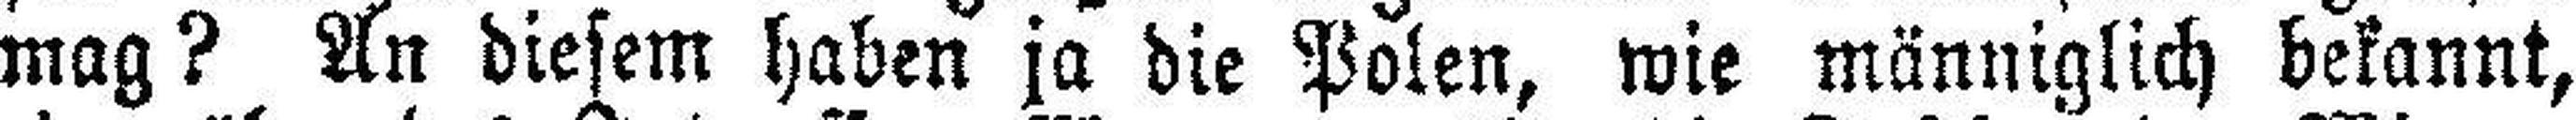
mag? An diesem haben ja die Polen, wie männiglich bekannt,